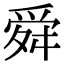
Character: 舜